Rakvere_kinnistusamet, lk 10
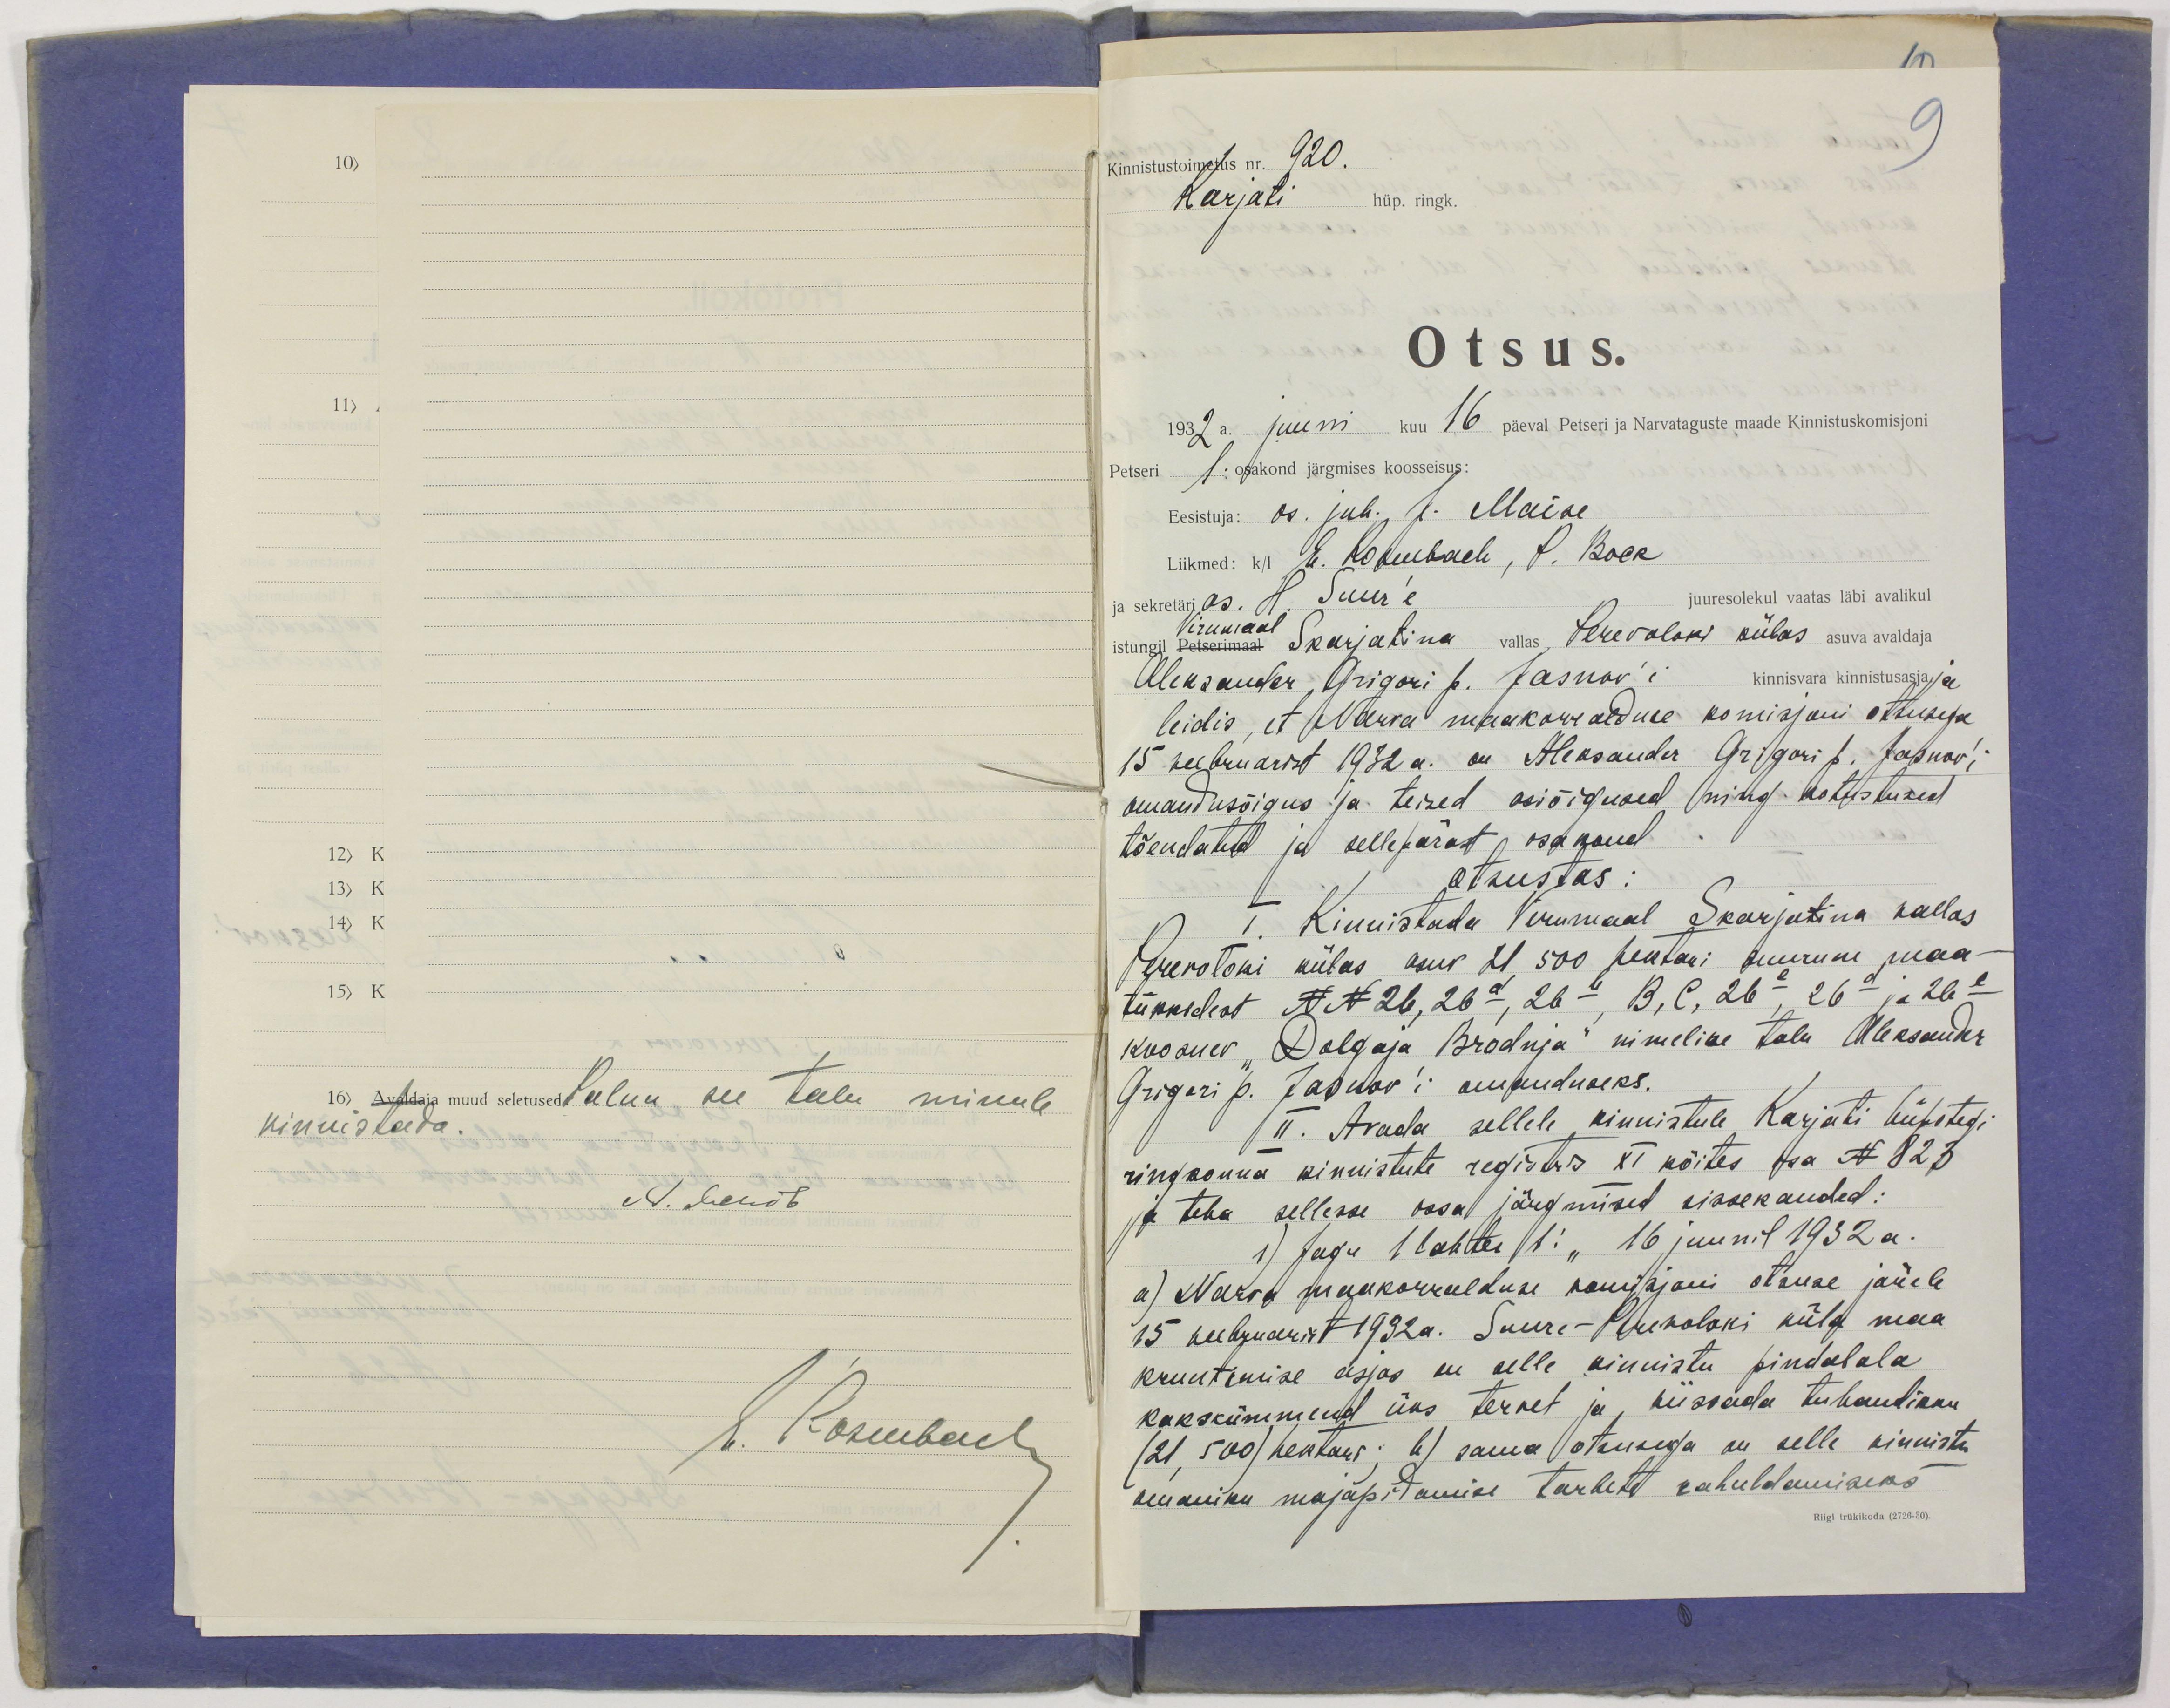
16) Avaldaja muud seletused: Palun see talu minule
kinnistada.
E. Rosenbach

Kinnistustoimetus nr. 920.
9
Karjati hüp. ringk.
Otsus.
1932 a. juuni kuu 16 päeval Petseri ja Narvataguste maade Kinnistuskomisjoni
Petseri 1. oskond järgmises koosseisus:
Eesistuja: os. juh. J. Maise
Liikmed: k/l E. Rosenbach, P. Bock
ja sekretäri as. H. Suur'e
juuresolekul vaatas läbi avalikul
Virumaal
istungil Petserimaal Skarjatina vallas, Perevoloki külas asuva avaldaja
Aleksander Grigori p. Jasnov´i kinnisvara kinnistusasja ja
leidis, et Narva maakorralduse komisjoni otsusega
15 veebruarist 1932 a. on Aleksander Grigori p. Jasnov´i
omandusõigus ja teised asiõigused ning kohustused
tõendatud ja sellepärast osakond
otsustas:
I Kinnistada Virumaal Skarjatina vallas
Perevoloki külas asuv 21,500 hektari suurune maa-
tükkidest NN 26, 26a, 26b, B, C, 26c, 26d ja 26e
koosnev "Dolgaja Brodnja" nimeline talu Aleksander
Grigori p. Jasnov'i omanduseks.
II. Avada sellele kinnistule, Karjati hüpoteegi
ringkonna kinnistute registris XI köites osa N 823
ja teha sellesse ossa järgmised sissekanded:
1) Jagu 1 lahter 1:" 16 juunil 1932 a.
a) Narva maakorralduse komisjoni otsuse järele
15 veebruarist 1932a. Suure-Perevoloki küla maa
kruntimise asjas on selle kinnistu pindalala
kakskümmend üks tervet ja viissada tuhandikku
(21, 500) hektari; b) sama otsusega on selle kinnistu
omaniku majapidamise tarbete rahuldamiseks
Riigi trükikoda (2726-30).